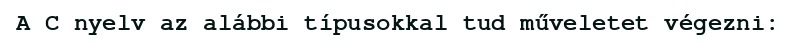
A C nyelv az alábbi típusokkal tud műveletet végezni: